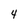
Character: 4